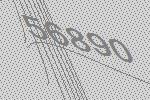
56890